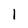
Character: 1